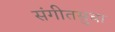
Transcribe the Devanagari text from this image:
संगीतसुधा